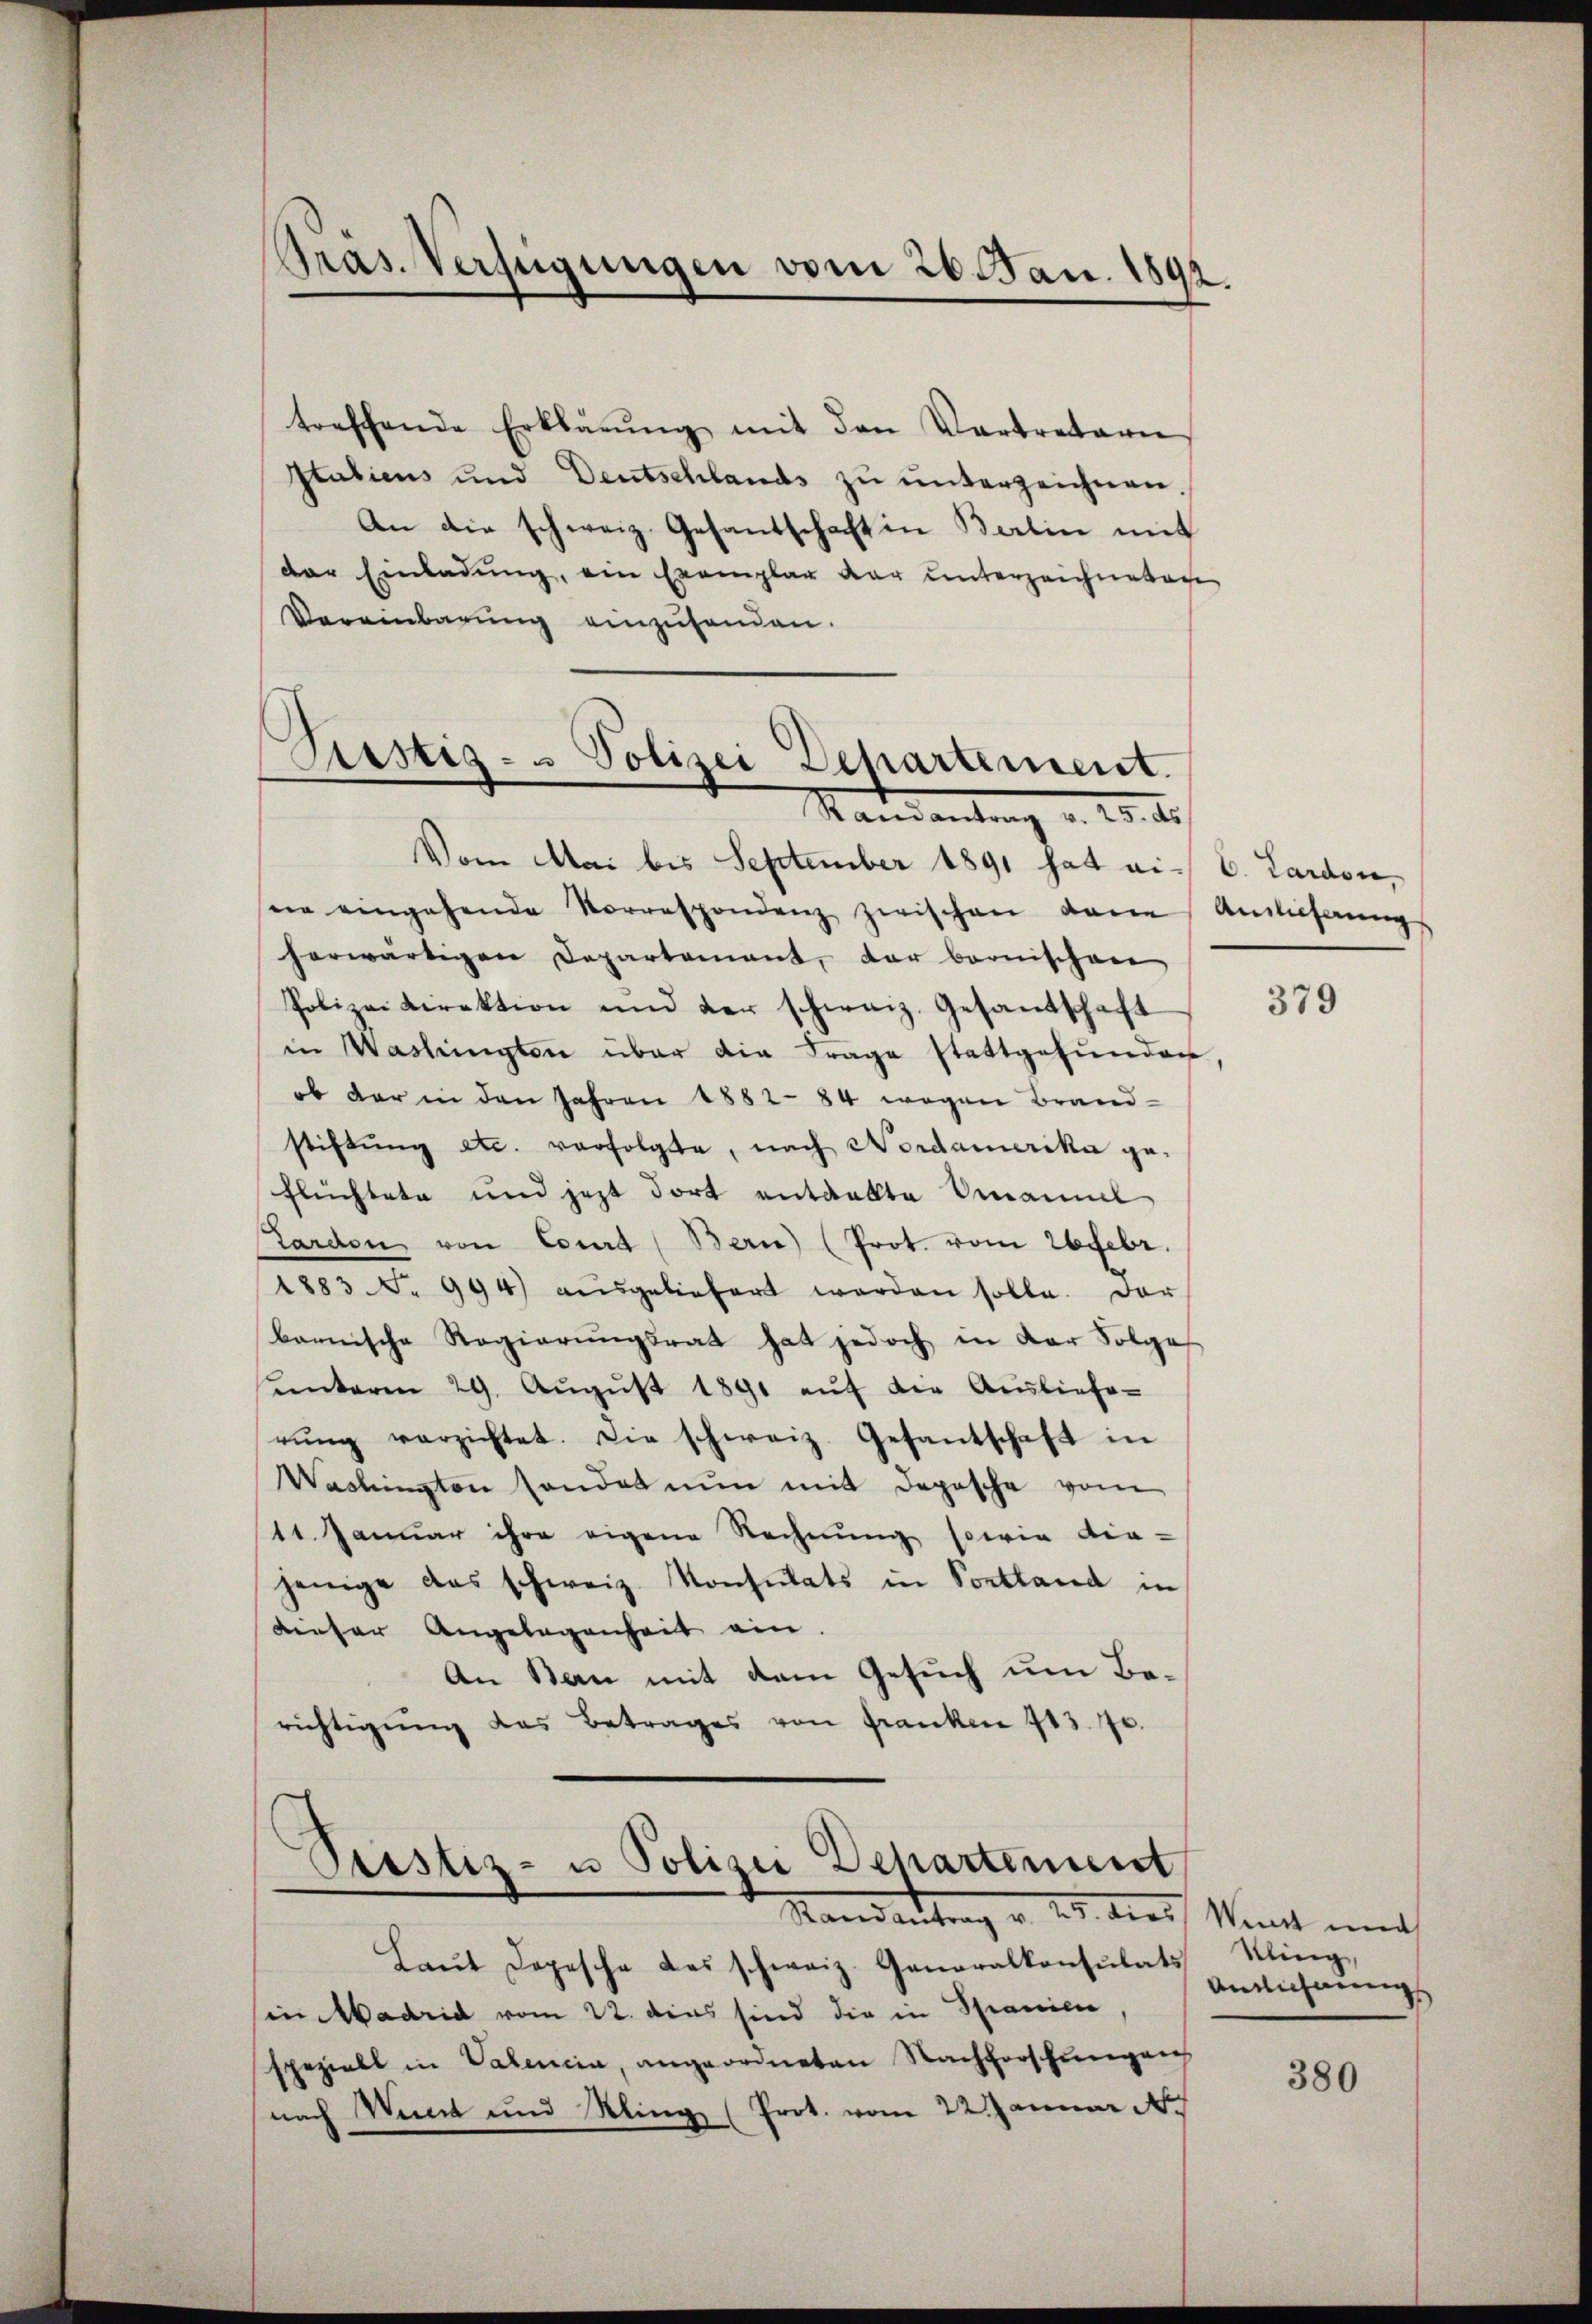
Pras. Verfügungen vom 26. Jan. 1892.

treffende Erklärŭng mit den Vertretern
Stabiens und Deutschlands zŭ ŭnterzeichnen.
An die schweiz. Gesantschaft in Berlin mit
der Einladŭng, ein Exemplar dar unterzeichneten
Vereinbarung einzusenden.
Mandantung u. 10. d.
Vom Mai bis September 1891 hat ai C. Lardon,
ne eingehende Vorrespondenz zwischen dene Anlieferungs
herwärtigen Departement, der bernischen
Polizeidirektion und der schweiz. Gesandschaft
in Washingten über die Frage stattgefunden
ob der in den Jahren 1882 84 wegen Brandstiftŭng etc. verfolgte, nach Nordamerika ge¬
Flüchtete und jezt dort entdekte Omaniel
Lardon, von Court (Bern) (Prot. vom 26 Febr.
1883 No 994) ausgeliefert worden solle. Dar
barnische Regierŭngsrat hat jedoch in der Folge
unterm 29. Aŭgŭst 1891 auf der Auslieferŭng verzichtet. Die schweiz. Gesantschaft in
Washingten sonder nun mit Depesche vom
11. Januar ihre eigene Rechnung sowie die-
jenige das schweiz. Konsulats in Portland in
dieser Angelegenheit ein.
An Ban mit dem Gesuch um Berichtigŭng das Betrages von Franken 713. 70.
Ptistiz- u Polizei Departement
Randantrag v. 23. dies Sankt mich
Laŭt Depesche des schweiz. Generalkonsulats
in Madrid vom 22. dies sind die in Spanien,
speziell in Valenein, angeordneten Nachforschungens
nach Wint und Kling (Prot. vom 22 Januar

Sistig - Polizei Dehartement.

379

Kling,
Anzeichnung

380